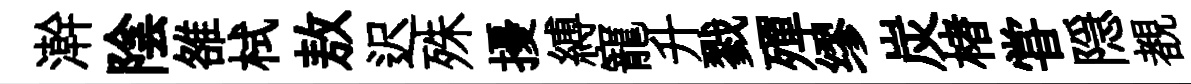
澣陰雒栻敖迟殊擾縛寵升戮殫缪炭楮甞隠覩